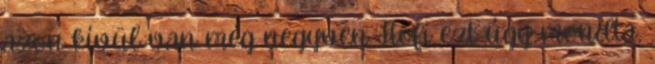
azon kívül van még negyven Hofi ezt úgy mondta,